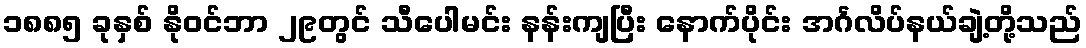
၁၈၈၅ ခုနှစ် နိုဝင်ဘာ ၂၉တွင် သီပေါမင်း နန်းကျပြီး နောက်ပိုင်း အင်္ဂလိပ်နယ်ချဲ့တို့သည်